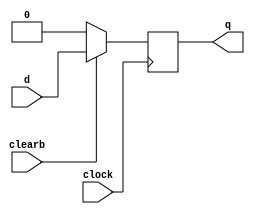
module dff_sync_clear(d, clearb, clock, q);
  input d, clearb, clock;
  output q;
  reg q;
  always @ (posedge clock)
    begin
      if (!clearb) q <= 1'b0;
      else q <= d;
    end
endmodule

module reg_32bit(q,d,clk,reset);
  input [31:0] d;
  input clk,reset;
  output [31:0] q;
  genvar i;
  generate
    for (i=0;i<32;i=i+1) begin: dff_loop
      dff_sync_clear dff(d[i],reset,clk,q[i]);
    end
  endgenerate
endmodule

module bit1_4to1mux(out,in,sel);
	input [3:0]in;
	input [1:0]sel;
	output out;
	
	assign out = sel[1]? (sel[0]? in[3]:in[2]) : (sel[0]? in[1]:in[0]);
endmodule

module bit32_4to1mux(regData,q1,q2,q3,q4,reg_no);
	input [31:0] q1,q2,q3,q4;
	output [31:0] regData;
	input [1:0] reg_no;
	
	genvar i;
    generate
    for (i=0;i<32;i=i+1) begin: mux_loop
      bit1_4to1mux m(regData[i],{q4[i],q3[i],q2[i],q1[i]},reg_no);
    end
    endgenerate
endmodule